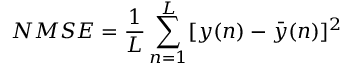
N M S E = \frac { 1 } { L } \sum _ { n = 1 } ^ { L } [ y ( n ) - \bar { y } ( n ) ] ^ { 2 }